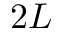
2 L